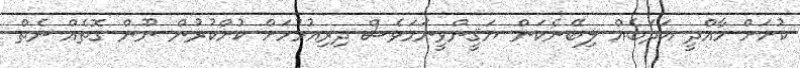
ކުށަށް މާއްދީ އަދަބެއް ލިބޭނެކަން ޔަޤީންވީނަމަވެސް ދިރިއުޅުމަށް ކުށްކުރުން ނޫން ގޮތެއް ނެތް